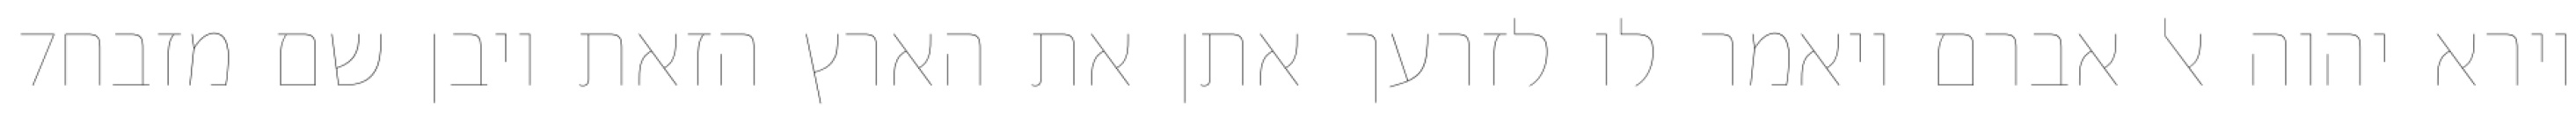
‎7‏ וירא יהוה אל אברם ויאמר לו לזרעך אתן את הארץ הזאת ויבן שם מזבח